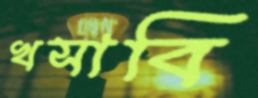
খসাবি